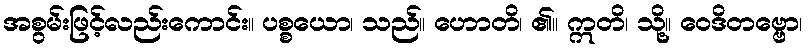
အစွမ်းဖြင့်လည်းကောင်း။ ပစ္စယော၊ သည်။ ဟောတိ၊ ၏။ ဣတိ၊ သို့။ ဝေဒိတဗ္ဗော၊